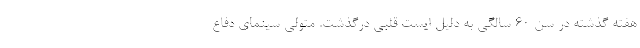
هفته گذشته در سن 60 سالگی به دلیل ایست قلبی درگذشت. متولی سینمای دفاع